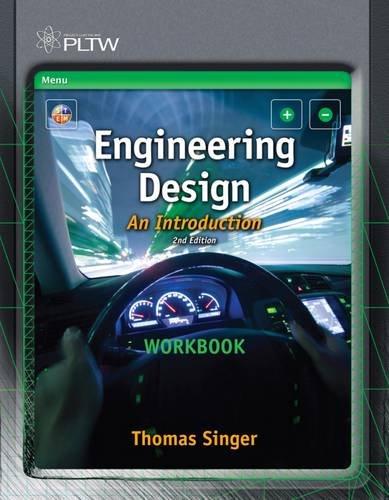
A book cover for Workbook for Karsnitz/O'Brien/Hutchinson's Engineering Design: An Introduction, 2nd; John R. Karsnitz; Engineering & Transportation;